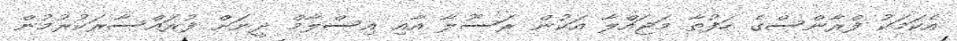
އެކަމަކު ފްރާންސްގެ ހަފުތާ މަޖައްލާ އަކުން ރަސޫލާ އާއި އިސްލާމް ދީނަށް ފުރައްސާރަކުރުމުން